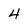
Character: 4